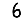
Digit: 6